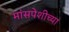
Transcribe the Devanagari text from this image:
मांसपेशीच्या